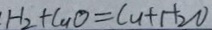
H _ { 2 } + C u O = C u + H _ { 2 } O